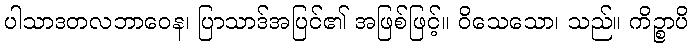
ပါသာဒတလဘာဝေန၊ ပြာသာဒ်အပြင်၏ အဖြစ်ဖြင့်။ ဝိသေသော၊ သည်။ ကိဉ္စာပိ